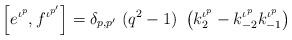
LaTeX: \begin{align*} \left[ e^{\iota^p}, f^{\iota^{p'}} \right] = \delta_{p,{p'}}~ (q^2-1)~ \left( k_2^{\iota^p} - k_{-2}^{\iota^p} k_{-1}^{\iota^p} \right)\end{align*}